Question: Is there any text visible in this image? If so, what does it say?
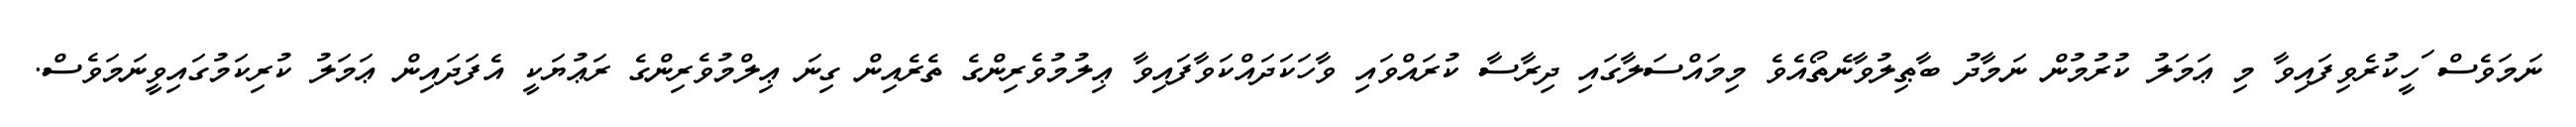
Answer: ނަމަވެސް ަހީކުރެވިފައިވާ މި ޢަމަލު ކުރުމުން ނަމާދު ބާޠިލުވާނެތޯއެވެ މިމައްސަލާގައި ދިރާސާ ކުރައްވައި ވާހަކަދައްކަވާފައިވާ ޢިލުމުވެރިންގެ ތެރެއިން ގިނަ ޢިލްމުވެރިންގެ ރަޢުޔަކީ އެފަދައިން ޢަމަލު ކުރިކަމުގައިވީނަމަވެސް.